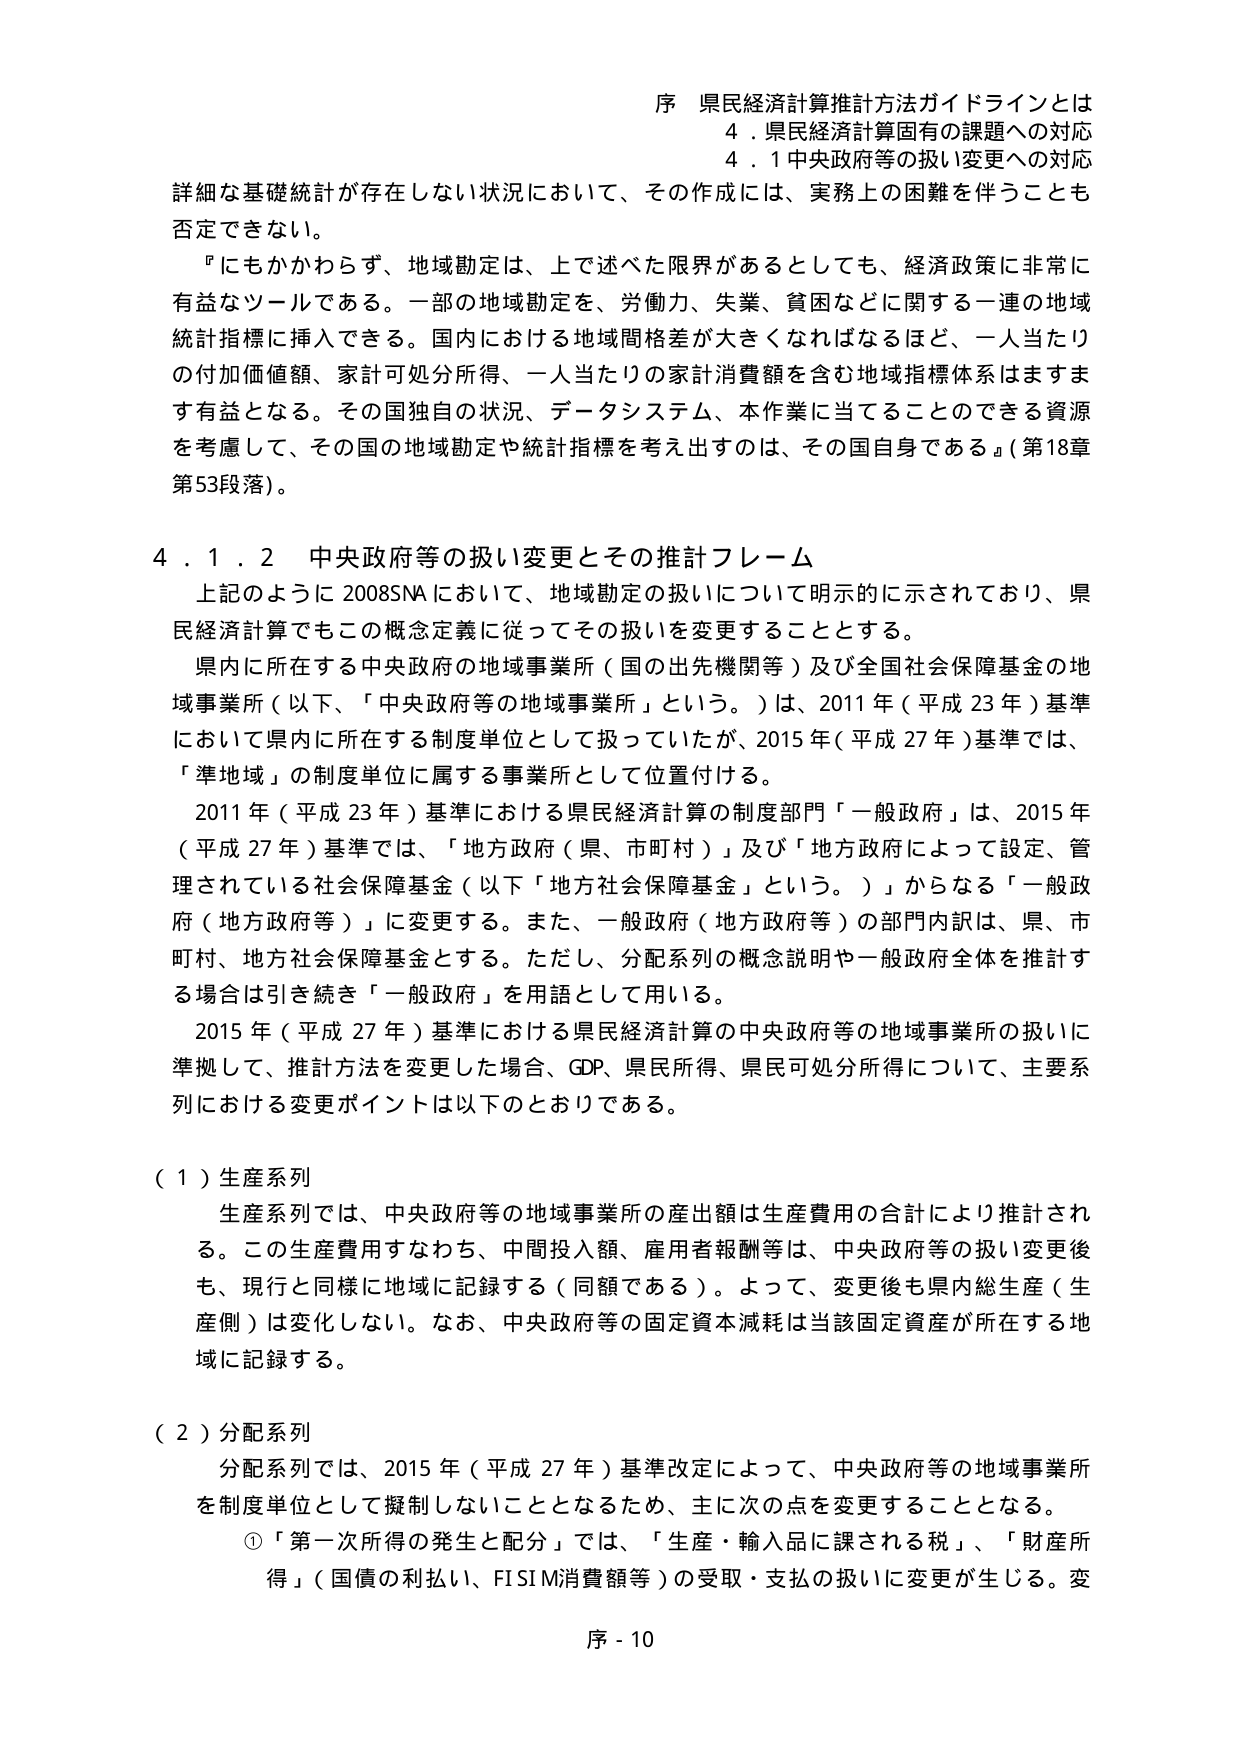
序 県民経済計算推計方法ガイドラインとは
4．県民経済計算固有の課題への対応
4．1 中央政府等の扱い変更への対応

詳細な基礎統計が存在しない状況において、その作成には、実務上の困難を伴うことも否定できない。

『にもかかわらず、地域勘定は、上で述べた限界があるとしても、経済政策に非常に有益なツールである。一部の地域勘定を、労働力、失業、貧困などに関する一連の地域統計指標に挿入できる。国内における地域間格差が大きくなればなるほど、一人当たりの付加価値額、家計可処分所得、一人当たりの家計消費額を含む地域指標体系はますます有益となる。その国独自の状況、データシステム、本作業に当てることのできる資源を考慮して、その国の地域勘定や統計指標を考え出すのは、その国自身である』（第18章第53段落）。

4．1．2 中央政府等の扱い変更とその推計フレーム

上記のように2008SNAにおいて、地域勘定の扱いについて明示的に示されており、県民経済計算でもこの概念定義に従ってその扱いを変更することとする。

県内に所在する中央政府の地域事業所（国の出先機関等）及び全国社会保障基金の地域事業所（以下、「中央政府等の地域事業所」という。）は、2011年（平成23年）基準において県内に所在する制度単位として扱っていたが、2015年（平成27年）基準では、「準地域」の制度単位に属する事業所として位置付ける。

2011年（平成23年）基準における県民経済計算の制度部門「一般政府」は、2015年（平成27年）基準では、「地方政府（県、市町村）」及び「地方政府によって設定、管理されている社会保障基金（以下「地方社会保障基金」という。）」からなる「一般政府（地方政府等）」に変更する。また、一般政府（地方政府等）の部門内訳は、県、市町村、地方社会保障基金とする。ただし、分配系列の概念説明や一般政府全体を推計する場合は引き続き「一般政府」を用語として用いる。

2015年（平成27年）基準における県民経済計算の中央政府等の地域事業所の扱いに準拠して、推計方法を変更した場合、GDP、県民所得、県民可処分所得について、主要系列における変更ポイントは以下のとおりである。

（1）生産系列

生産系列では、中央政府等の地域事業所の産出額は生産費用の合計により推計される。この生産費用すなわち、中間投入額、雇用者報酬等は、中央政府等の扱い変更後も、現行と同様に地域に記録する（同額である）。よって、変更後も県内総生産（生産側）は変化しない。なお、中央政府等の固定資本減耗は当該固定資産が所在する地域に記録する。

（2）分配系列

分配系列では、2015年（平成27年）基準改定によって、中央政府等の地域事業所を制度単位として擬制しないこととなるため、主に次の点を変更することとなる。

①「第一次所得の発生と分配」では、「生産・輸入品に課される税」、「財産所得」（国債の利払い、FISIM消費額等）の受取・支払の扱いに変更が生じる。変

序 - 10